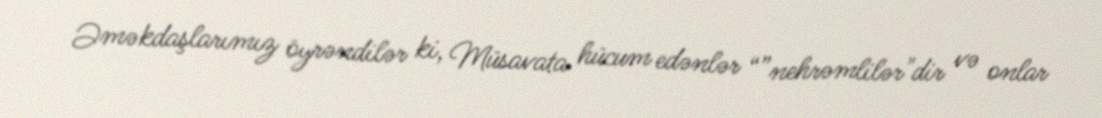
Əməkdaşlarımız öyrəndilər ki, Müsavata hücum edənlər “”nehrəmlilər"dir və onlar